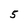
Character: 5